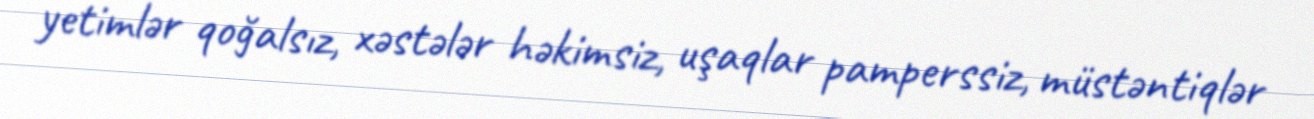
yetimlər qoğalsız, xəstələr həkimsiz, uşaqlar pamperssiz, müstəntiqlər